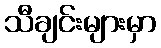
သီချင်းများမှာ